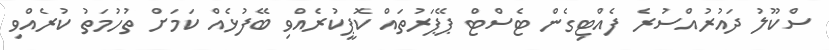
ސްކޫލު ދައުރުއްސުރެ ފެއްޓިގެން ޓެސްޓް ޕޭޕަރުތައް ކޮޕީކުރެއްވި ބޭފުޅެއް ކަމަށް ތުހުމަތު ކުރެއްވި